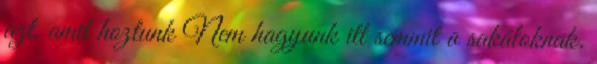
azt, amit hoztunk Nem hagyunk itt semmit a sakáloknak.